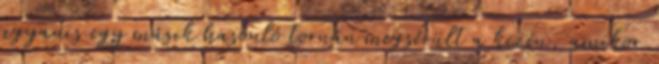
ugyanis egy másik hasonló tornán megsérült a kezén, amikor